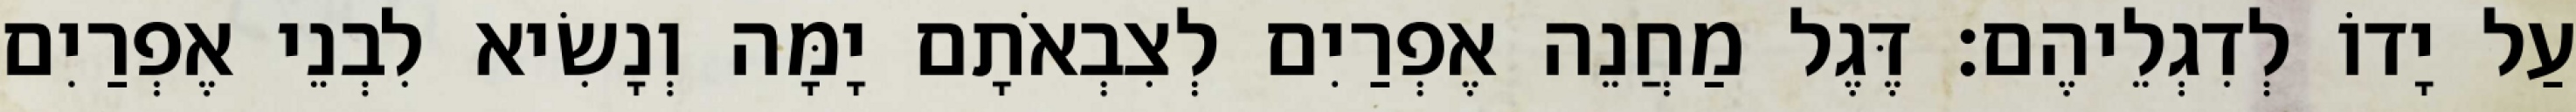
עַל יָדוֹ לְדִגְלֵיהֶם׃ דֶּגֶל מַחֲנֵה אֶפְרַיִם לְצִבְאֹתָם יָמָּה וְנָשִׂיא לִבְנֵי אֶפְרַיִם